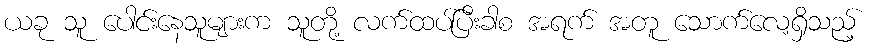
ယခု သူ ပေါင်းနေသူများက သူတို့ လက်ထပ်ပြီးခါစ အရက် အတူ သောက်လေ့ရှိသည့်